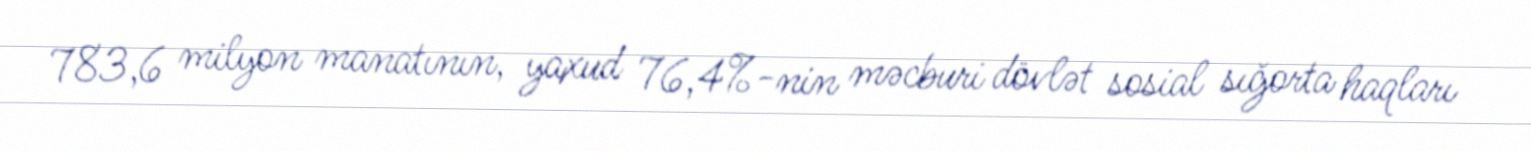
783,6 milyon manatının, yaxud 76,4%-nin məcburi dövlət sosial sığorta haqları